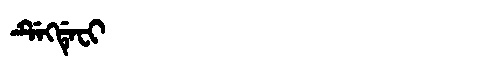
Manchu: ᡩᡝᡴᡩᡝᠸᡳ
Romanization: DEKDEFI